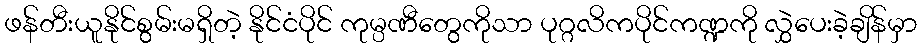
ဖန်တီးယူနိုင်စွမ်းမရှိတဲ့ နိုင်ငံပိုင် ကုမ္ပဏီတွေကိုသာ ပုဂ္ဂလိကပိုင်ကဏ္ဍကို လွှဲပေးခဲ့ချိန်မှာ